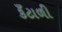
કઁટાળી